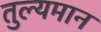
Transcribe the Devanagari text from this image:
तुल्यमान